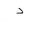
Letter: _dal